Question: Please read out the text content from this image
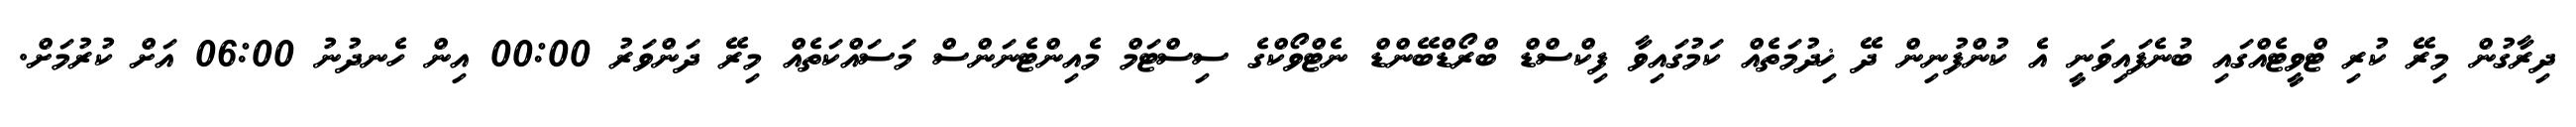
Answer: ދިރާގުން މިރޭ ކުރި ޓްވީޓެއްގައި ބުނެފައިވަނީ އެ ކުންފުނިން ދޭ ޚިދުމަތެއް ކަމުގައިވާ ފިކްސްޑް ބްރޯޑްބޭންޑް ނެޓްވޯކްގެ ސިސްޓަމް މެއިންޓެނަންސް މަސައްކަތެއް މިރޭ ދަންވަރު 00:00 އިން ހެނދުނު 06:00 އަށް ކުރުމަށް.